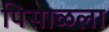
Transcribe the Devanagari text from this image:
पिसाळला